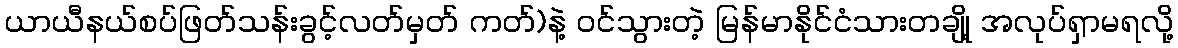
ယာယီနယ်စပ်ဖြတ်သန်းခွင့်လတ်မှတ် ကတ်)နဲ့ ဝင်သွားတဲ့ မြန်မာနိုင်ငံသားတချို့ အလုပ်ရှာမရလို့